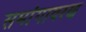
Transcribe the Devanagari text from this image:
समांगावरण